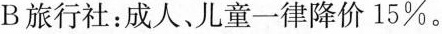
B旅行社：成人、儿童一律降价15%。